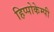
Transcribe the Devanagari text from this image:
हिप्पोकेम्पी